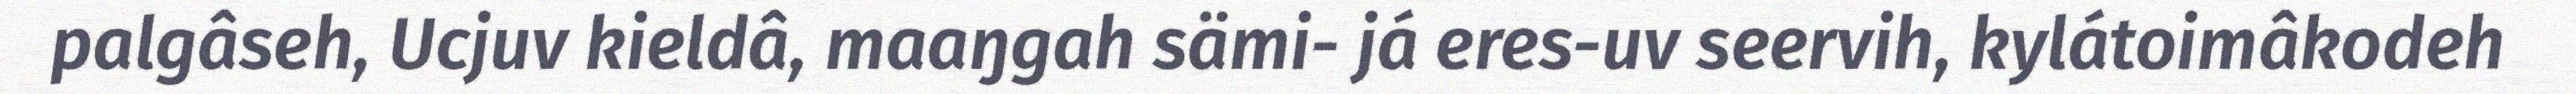
palgâseh, Ucjuv kieldâ, maaŋgah sämi- já eres-uv seervih, kylátoimâkodeh